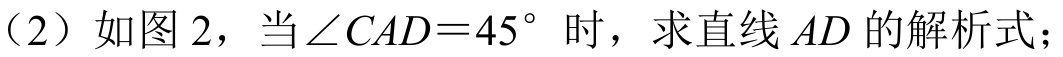
（2）如图 2，当\(\angle CAD = 45^{\circ}\) 时，求直线 \(AD\) 的解析式；